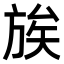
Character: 𫞀